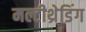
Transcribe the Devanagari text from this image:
मल्टीथ्रेडिंग